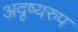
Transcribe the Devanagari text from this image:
अदृष्यरुप